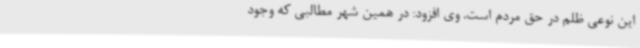
این نوعی ظلم در حق مردم است. وی افزود: در همین شهر مطالبی که وجود